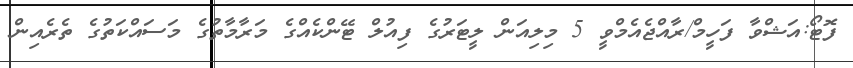
ފޮޓޯ:އަޝްވާ ފަހީމް/ރާއްޖެއެމްވީ 5 މިލިއަން ލީޓަރުގެ ފިއުލް ޓޭންކެއްގެ މަރާމާތުގެ މަސައްކަތުގެ ތެރެއިން